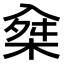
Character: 𠓲